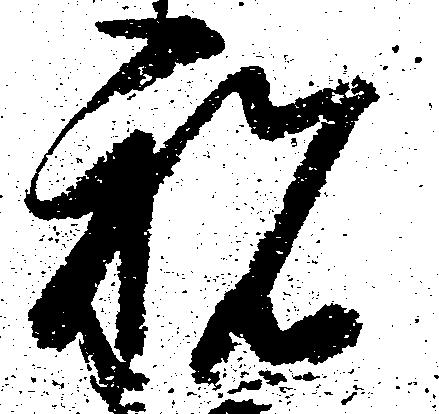
祝